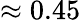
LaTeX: \approx 0.45